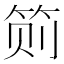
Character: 𱷸